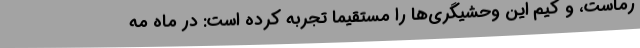
رماست، و کیم این وحشیگری‌ها را مستقیماً تجربه کرده است: در ماه مه